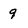
Character: 9